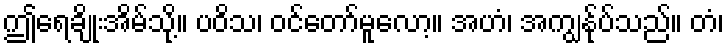
ဤရေချိုးအိမ်သို့။ ပဝိသ၊ ဝင်တော်မူလော့။ အဟံ၊ အကျွန်ုပ်သည်။ တံ၊